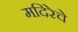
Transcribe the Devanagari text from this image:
मदिरेचे